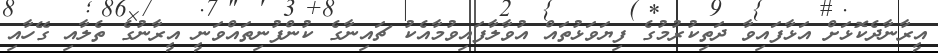
އީރާނާދެކޮޅަށް އަޅާފައިވާ ދަތިކުރުމުގެ ފިޔަވަޅުތައް އުވާލާފައިވުމާއެކު ޗައިނާގެ ކުންފުނިތައްވަނީ އީރާނުގެ ތެލާއި ގޭހާއި